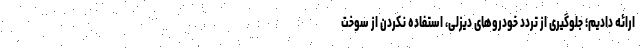
ارائه دادیم؛ جلوگیری از تردد خودرو‌های دیزلی، استفاده نکردن از سوخت